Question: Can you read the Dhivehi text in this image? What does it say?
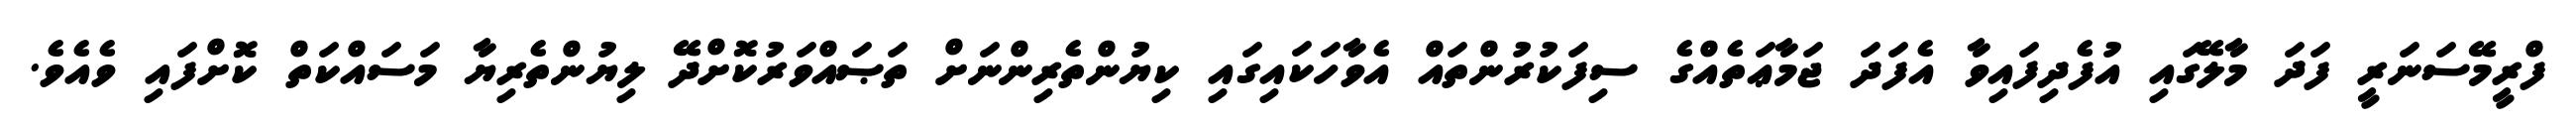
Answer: ފްރީމޭސަނަރީ ފަދަ މާލޭގައި އުފެދިފައިވާ އެފަދަ ޖަމާޢަތެއްގެ ސިފަކުރުންތައް އެވާހަކައިގައި ކިޔުންތެރިންނަށް ތަޞައްވަރުކޮށްދޭ ލިޔުންތެރިޔާ މަސައްކަތް ކޮށްފައި ވެއެވެ.